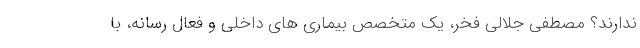
ندارند؟ مصطفی جلالی فخر، یک متخصص بیماری های داخلی و فعال رسانه، با